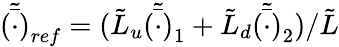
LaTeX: \tilde{\bar{(\cdot)}}_{ref}=({\tilde{L}_{u}\tilde{\bar{(\cdot)}}_{1}+\tilde{L}_{d}\tilde{\bar{(\cdot)}}_{2}})/{\tilde{L}}